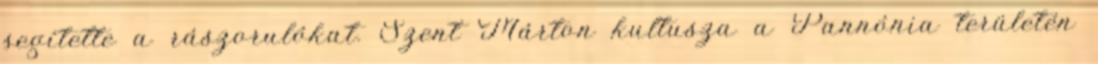
segítette a rászorulókat. Szent Márton kultusza a Pannónia területén